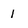
Character: l